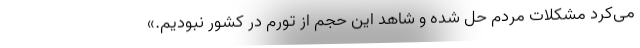
می‌کرد مشکلات مردم حل شده و شاهد این حجم از تورم در کشور نبودیم.»